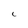
Character: C